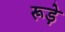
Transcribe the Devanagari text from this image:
रूड़े